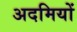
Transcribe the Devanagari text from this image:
अदमियों